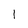
Character: l